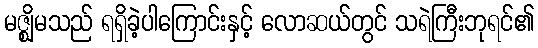
မဇ္ဈိမသည် ရရှိခဲ့ပါကြောင်းနှင့် လောဆယ်တွင် သရဲကြီးဘုရင်၏